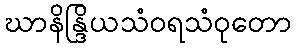
ဃာနိန္ဒြိယသံဝရသံဝုတော